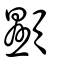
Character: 顯